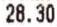
28.30